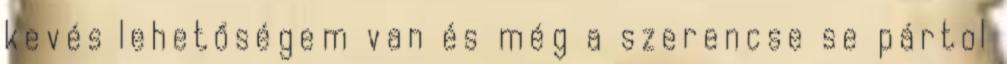
kevés lehetőségem van és még a szerencse se pártol